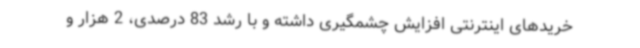
خریدهای اینترنتی افزایش چشمگیری داشته و با رشد 83 درصدی، 2 هزار و